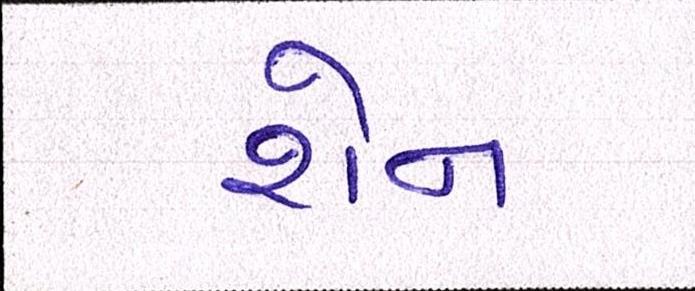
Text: શેન